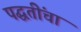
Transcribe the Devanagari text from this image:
पद्घतींचा